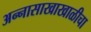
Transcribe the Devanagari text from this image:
अन्नासाखाखाळीचा